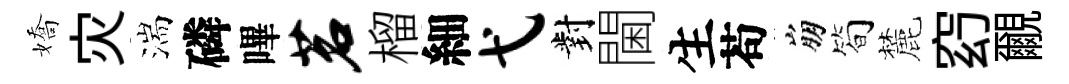
嬌灾湍磷嗶茗榴細弋對閫生苟崩简麓𥥆覼